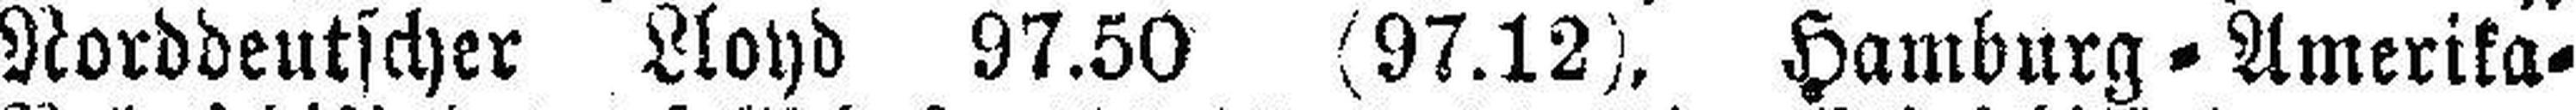
Norddeutscher Lloyd 97.50 (97.12), Hamburg=Amerika=